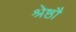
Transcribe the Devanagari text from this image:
श्रेष्ठौ